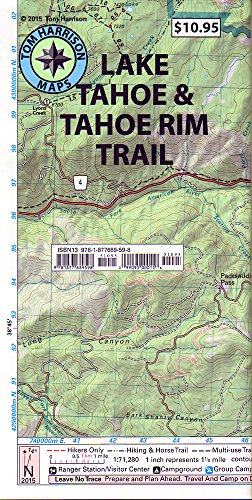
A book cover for Lake Tahoe & Tahoe Rim Trails (Tom Harrison Maps); Tom Harrison; Reference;